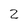
Character: 2